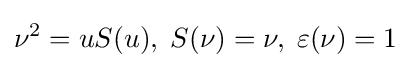
\nu ^{2}=uS(u),\;S(\nu )=\nu ,\;\varepsilon (\nu )=1